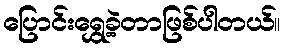
ပြောင်းရွှေ့ခဲ့တာဖြစ်ပါတယ်။